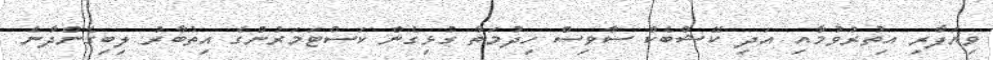
ވިޔަފާރި އިތުރުވުމާއި އަދި ކޭޝްބެކް ސާވިސް ހިދުމަތާ ގުޅިގެން ކަސްޓަމަރުންގެ އިތުބާރު ލިބިގެންދާނެ